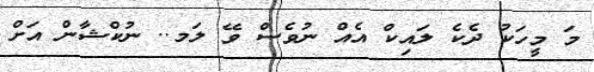
މަ މީހަކު ދެކެ ލައިކް އެއް ނުވެސް ވޭ ލަމ.. ނުކްޝާން އަށް